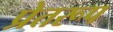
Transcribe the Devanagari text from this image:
प्रेतरूप